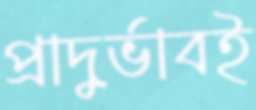
প্রাদুর্ভাবই